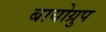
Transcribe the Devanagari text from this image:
बायोग्रुप